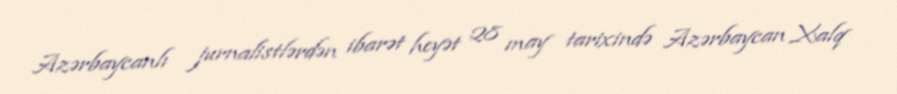
Azərbaycanlı jurnalistlərdən ibarət heyət 28 may tarixində Azərbaycan Xalq